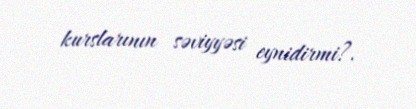
kurslarının səviyyəsi eynidirmi?.